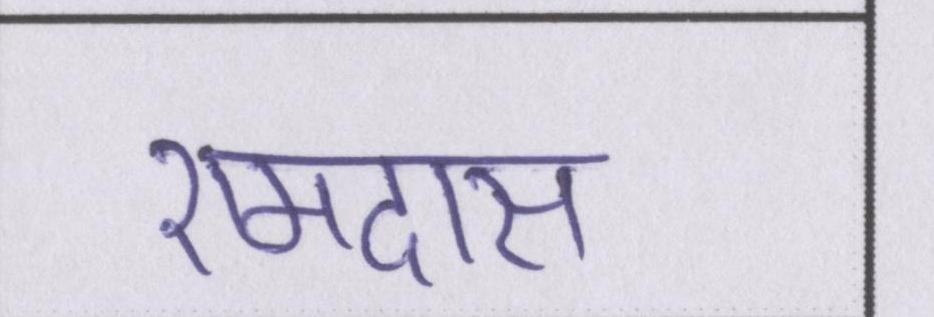
रामदास